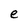
Character: e